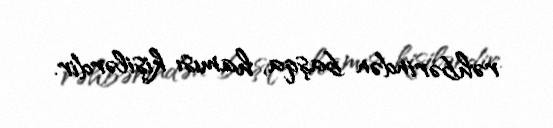
rəhbərindən başqa, hamısı kişilərdir.